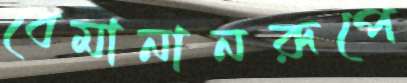
বেমানানরূপে